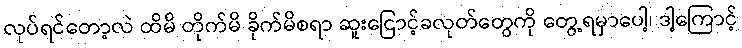
လုပ်ရင်တော့လဲ ထိမိ တိုက်မိ ခိုက်မိစရာ ဆူးငြောင့်ခလုတ်တွေကို တွေ့ရမှာပေါ့၊ ဒါ့ကြောင့်